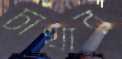
চাখার